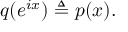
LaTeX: q ( e ^ { i x } ) \triangleq p ( x ) .